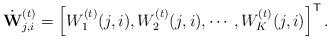
LaTeX: \begin{align*} \dot{\mathbf{W}}_{j,i}^{(t)}=\left[W_{1}^{(t)}(j,i),W_{2}^{(t)}(j,i),\cdots,W_{K}^{(t)}(j,i)\right]^{\mathsf{T}}.\end{align*}